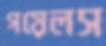
গয়েলস